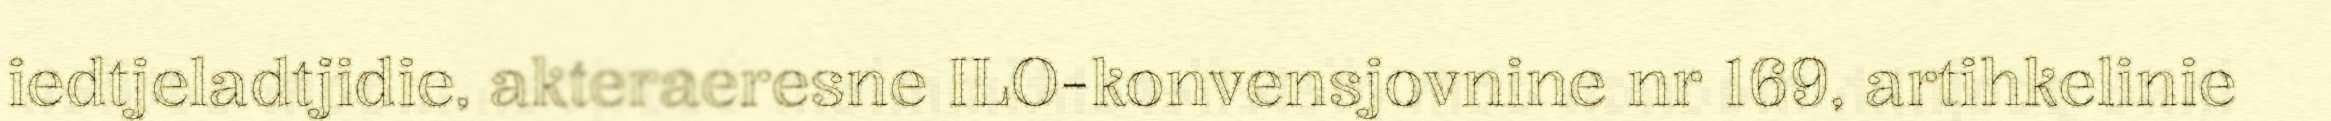
iedtjeladtjidie, akteraeresne ILO-konvensjovnine nr 169, artihkelinie